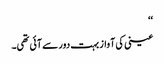
‘‘
عینی کی آواز بہت دور سے آئی تھی۔